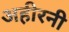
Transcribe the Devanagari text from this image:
अहीरनी